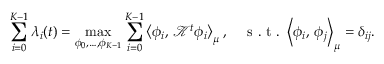
\sum _ { i = 0 } ^ { K - 1 } \lambda _ { i } ( t ) = \operatorname* { m a x } _ { \phi _ { 0 } , \ldots , \phi _ { K - 1 } } \sum _ { i = 0 } ^ { K - 1 } \left\langle \phi _ { i } , \, \mathcal { K } ^ { t } \phi _ { i } \right\rangle _ { \mu } , \quad \mathrm { ~ s ~ . ~ t ~ . ~ } \left\langle \phi _ { i } , \, \phi _ { j } \right\rangle _ { \mu } = \delta _ { i j } .